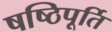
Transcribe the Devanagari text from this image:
षष्ठिपूर्ति